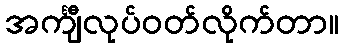
အင်္ကျီလုပ်ဝတ်လိုက်တာ။